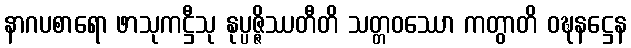
နာဂပစာရော ဖာသုကဋ္ဌီသု နုပ္ပဇ္ဇိဿတီတိ သတ္တဝဿော ကတွာတိ ဝဍ္ဎနဋ္ဌေန